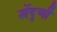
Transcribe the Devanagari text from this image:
शेंदुर्णी